Civil Veterinary Department. United Provinces 1923-31 - 1923-1931
Year: 1923
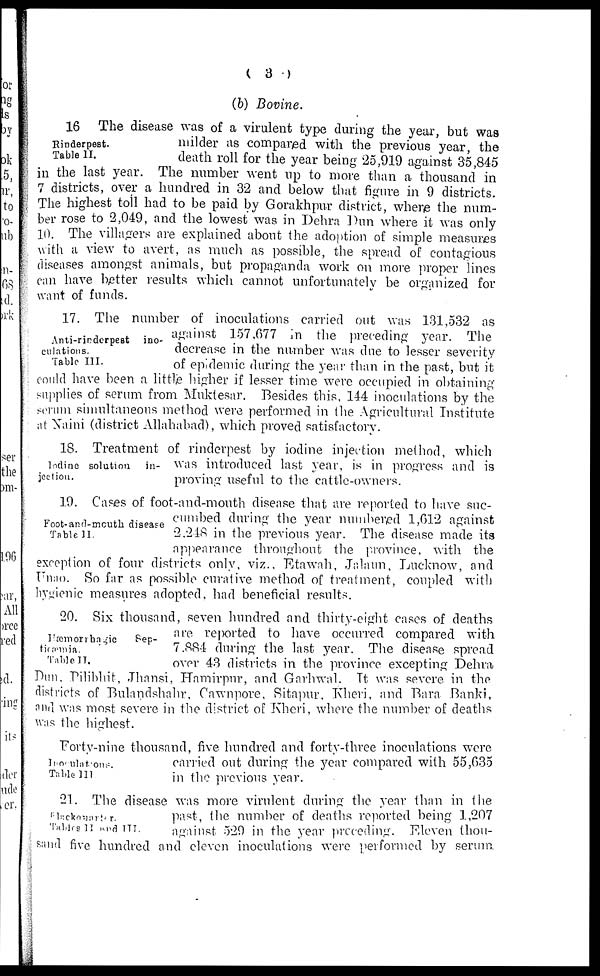
( 3 )
(b) Bovine.
Rinderpest.
Table II.
16 The disease was of a virulent type during the year, but was
milder as compared with the previous year, the
death roll for the year being 25,919 against 35,845
in the last year. The number went up to more than a thousand in
7 districts, over a hundred in 32 and below that figure in 9 districts.
The highest toil had to be paid by Gorakhpur district, where the num-
ber rose to 2,049, and the lowest was in Dehra Pun where it was only
10. The villagers are explained about the adoption of simple measures
with a view to avert, as much as possible, the spread of contagious
diseases amongst animals, but propaganda work on more proper lines
can have better results which cannot unfortunately be organized for
want of funds.
Anti-rinderpest ino-
culations.
Table III.
17. The number of inoculations carried out was 131,532 as
against 157,677 in the preceding year. The
decrease in the number was due to lesser severity
of epidemic during the year than in the past, but it
could have been a little higher if lesser time were occupied in obtaining
supplies of serum from Muktesar. Besides this, 144 inoculations by the
serum simultaneous method were performed in the Agricultural Institute
at Naini (district Allahabad), which proved satisfactory.
Iodine solution in-
jection.
18. Treatment of rinderpest by iodine injection method, which
was introduced last year, is in progress and is
proving useful to the cattle-owners.
Foot-and-mouth disease
Table II.
19. Cases of foot-and-mouth disease that are reported to have suc-
cumbed during the year numbered 1,612 against
2.248 in the previous year. The disease made its
appearance throughout the province, with the
exception of four districts only, viz., Etawah, Jalaun, Lucknow, and
Unao. So far as possible curative method of treatment, coupled with
hygienic measures adopted, had beneficial results.
Hæmorrhagic
Sep-
ticæmia.
Table II.
20. Six thousand, seven hundred and thirty-eight cases of deaths
are reported to have occurred compared with
7.884 during the last year. The disease spread
over 43 districts in the province excepting Dehra
Dun. Pilibhit, Jhansi, Hamirpnr, and Garhwal. It was severe in the
districts of Bulandshahr, Cawnpore, Sitapur, Kheri, and Bara Banki,
and was most severe in the district of Kheri, where the number of deaths
was the highest.
Inoculation.
Table III
Forty-nine thousand, five hundred and forty-three inoculations were
carried out during the year compared with 55,635
in the previous year.
Blackquater.
Tables II and III.
21. The disease was more virulent during the year than in the
past, the number of deaths reported being 1,207
against 529 in the year preceding. Eleven thou-
sand five hundred and eleven inoculations were performed by serum.